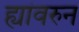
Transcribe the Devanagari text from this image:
ह्यांवरुन